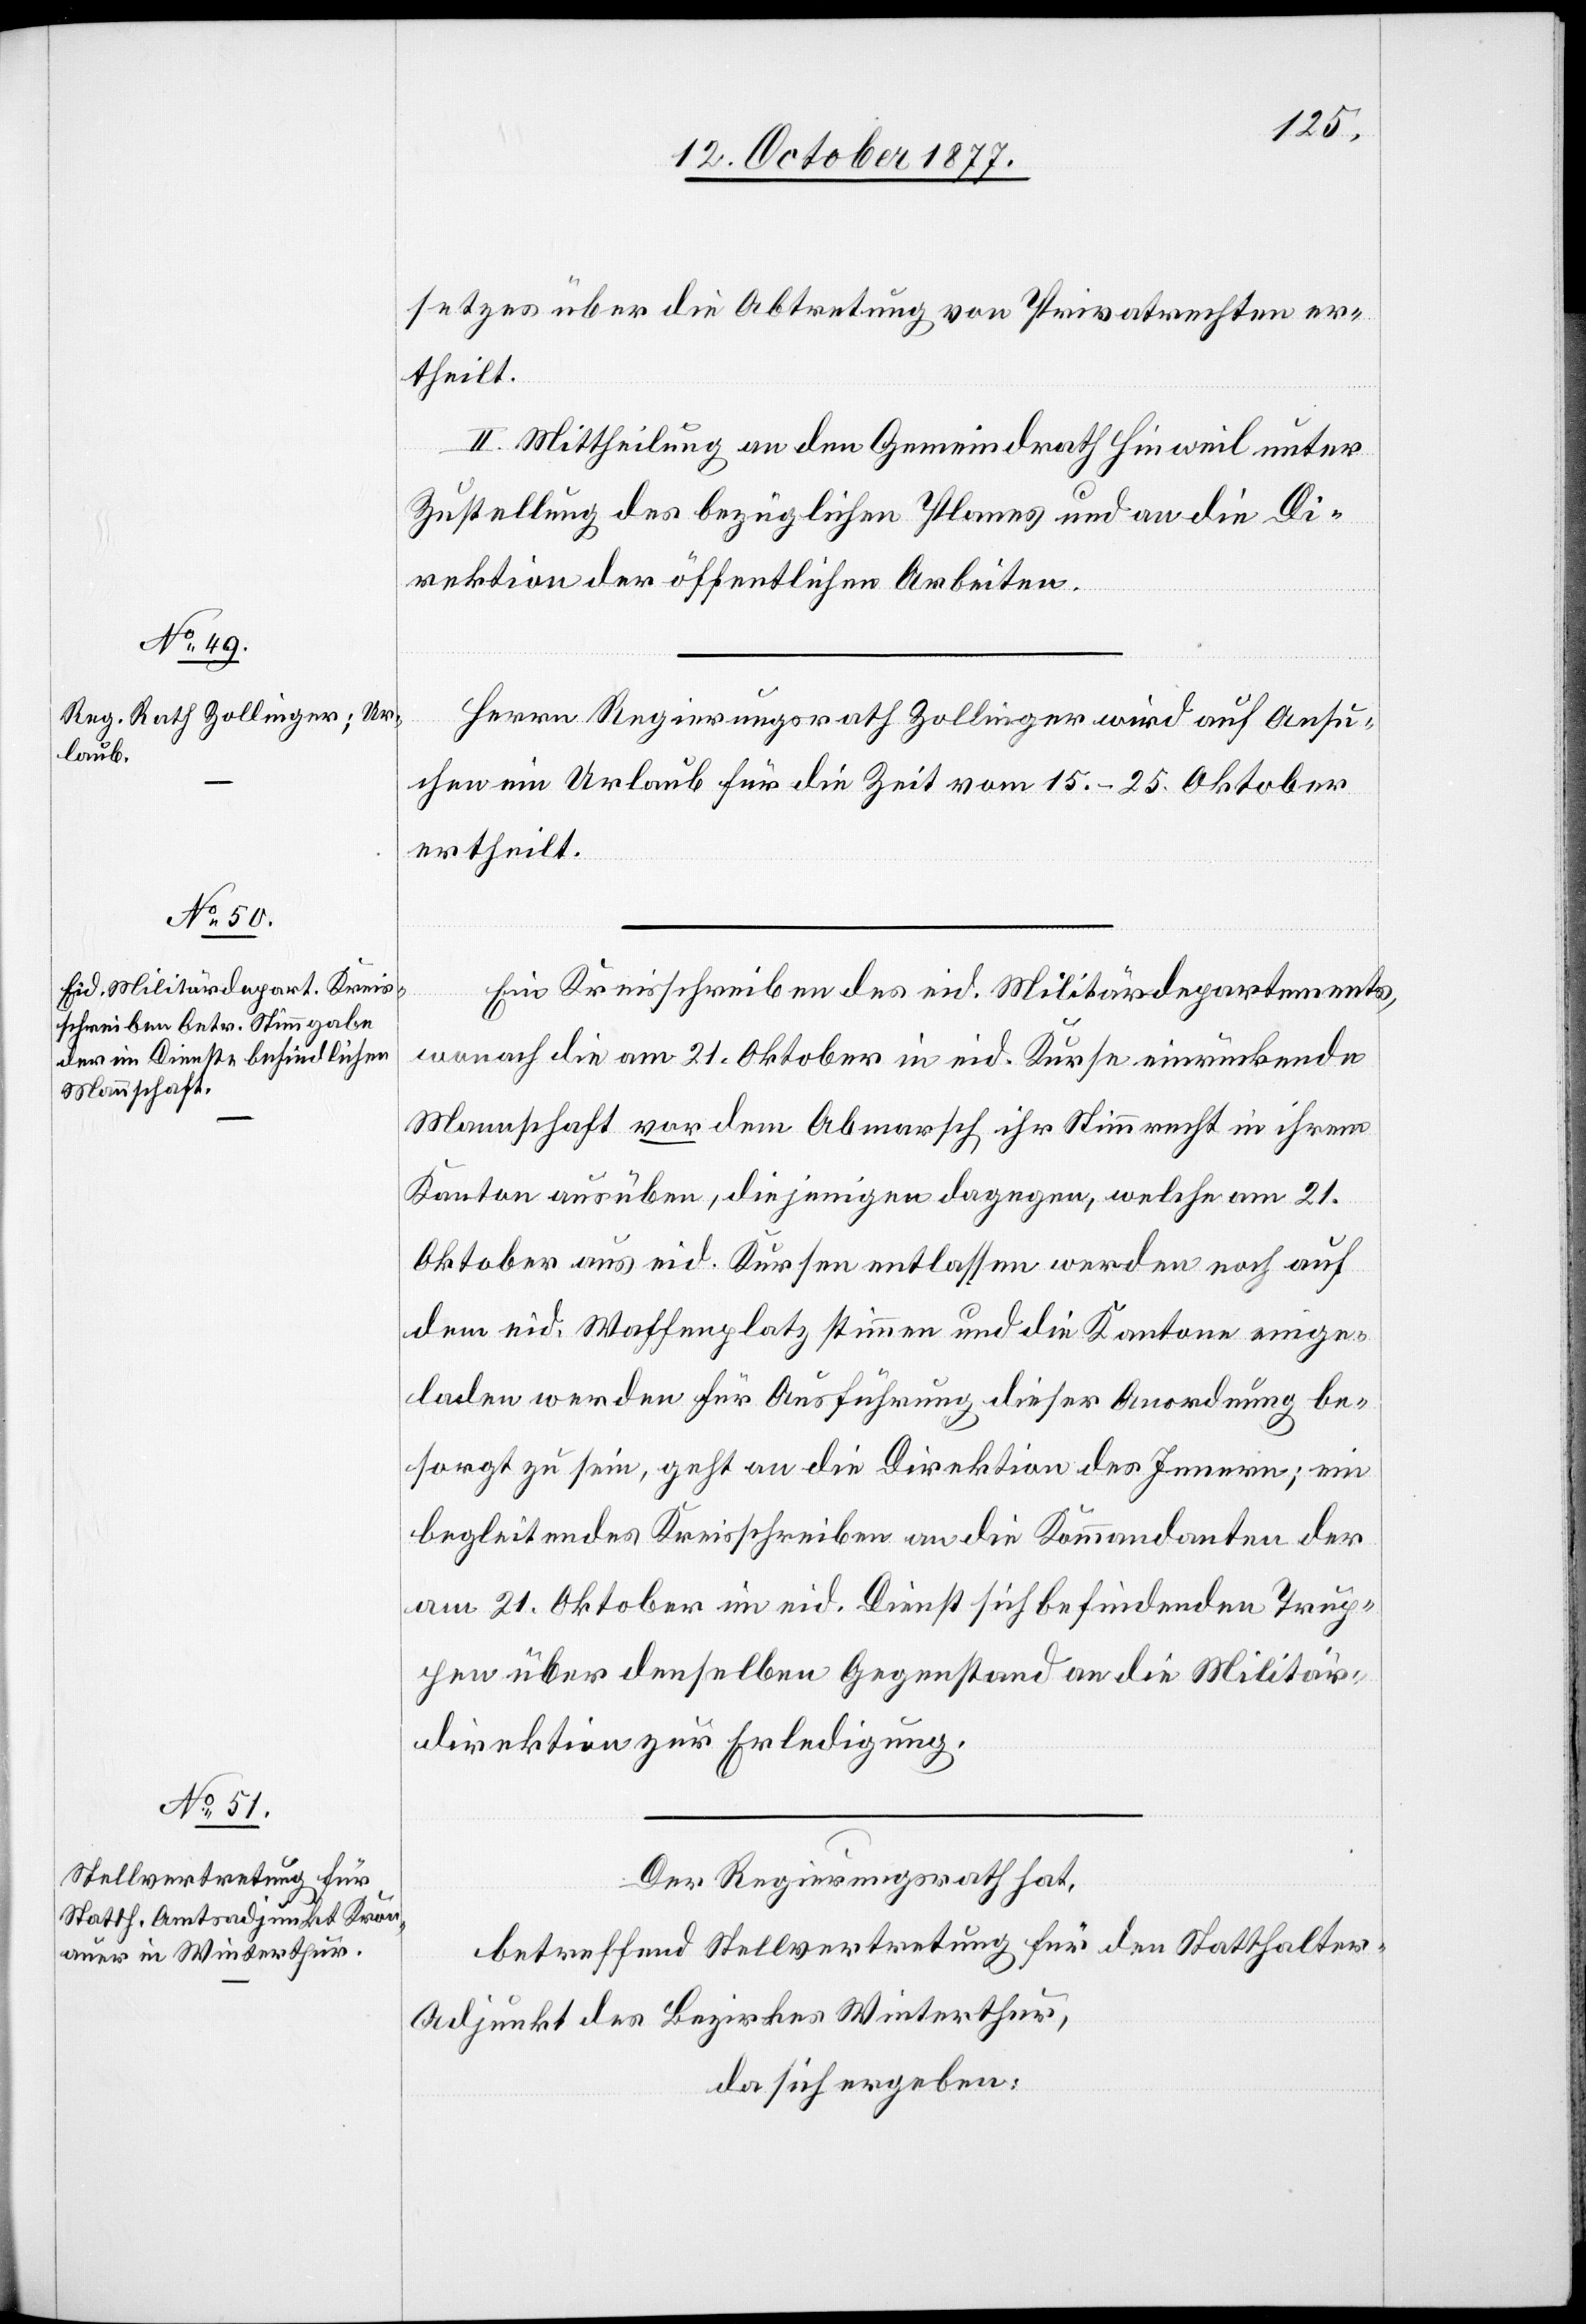
setzes über die Abtretung von Privatrechten er¬
theilt.
II. Mittheilung an den Gemeindrath Hinweil unter
Zustellung des bezüglichen Planes und an die Di¬
rektion der öffentlichen Arbeiten.
Herrn Regierungsrath Zollinger wird auf Ansu¬
chen ein Urlaub für die Zeit vom 15.–25. Oktober
ertheilt.
Ein Kreisschreiben des eid. Militärdepartements,
wonach die am 21. Oktober in eid. Kurse einrückende
Mannschaft vor dem Abmarsch ihr Stimmrecht in ihrem
Kanton ausüben, diejenigen dagegen, welche am 21.
Oktober aus eid. Kursen entlassen werden noch auf
dem eid. Waffenplatz stimmen und die Kantone einge¬
laden werden für Ausführung dieser Anordnung be¬
sorgt zu sein, geht an die Direktion des Innern; ein
begleitendes Kreisschreiben an die Kommandanten der
am 21. Oktober im eid. Dienst sich befindenden Trup¬
pen über denselben Gegenstand an die Militär¬
direktion zur Erledigung.
Der Regierungsrath hat,
betreffend Stellvertretung für den Statthalter-A¬
djunkt des Bezirkes Winterthur,
da sich ergeben: